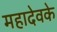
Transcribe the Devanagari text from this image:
महादेवके